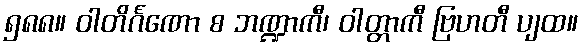
၅၈၈။ ဝါတိင်္ဂဏော စ ဘဏ္ဍာကီ၊ ဝါတ္တာကီ ဗြဟတီ ပျထ။